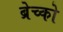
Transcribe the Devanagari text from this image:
ब्रेच्को